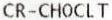
CR-CHOCLT